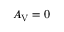
A _ { \mathrm { { V } } } = 0